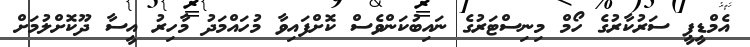
އެމްޑީޕީ ސަރުކާރުގެ ހޯމް މިނިސްޓަރުގެ ނައިބުކަންވެސް ކޮށްފައިވާ މުހައްމަދު މާހިރު އީސާ ދޫކޮށްލުމަށް